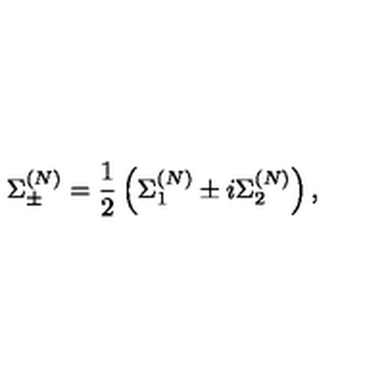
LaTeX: \Sigma _ { \pm } ^ { ( N ) } = \frac { 1 } { 2 } \left( \Sigma _ { 1 } ^ { ( N ) } \pm i \Sigma _ { 2 } ^ { ( N ) } \right) ,